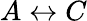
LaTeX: A\leftrightarrow C